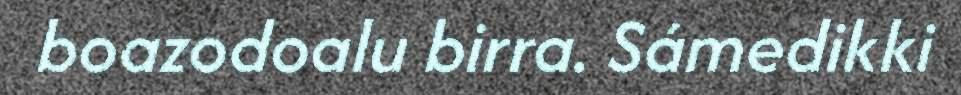
boazodoalu birra. Sámedikki